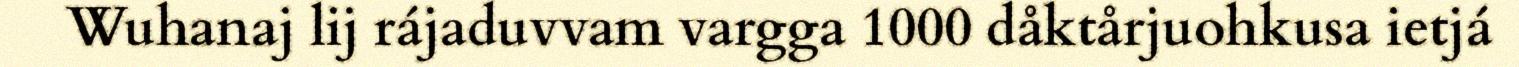
Wuhanaj lij rájaduvvam vargga 1000 dåktårjuohkusa ietjá